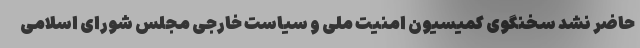
حاضر نشد سخنگوی کمیسیون امنیت ملی و سیاست خارجی مجلس شورای اسلامی